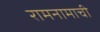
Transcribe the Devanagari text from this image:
रामनामाची